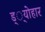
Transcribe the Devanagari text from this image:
ड््योहार